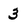
Character: 3